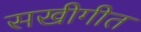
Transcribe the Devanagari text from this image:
सखीगीत